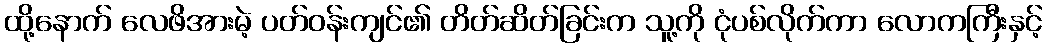
ထို့နောက် လေဖိအားမဲ့ ပတ်ဝန်းကျင်၏ တိတ်ဆိတ်ခြင်းက သူ့ကို ငုံပစ်လိုက်ကာ လောကကြီးနှင့်